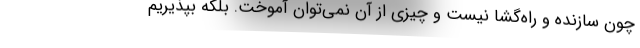
چون سازنده و راه‌گشا نیست و چیزی از آن نمی‌توان آموخت. بلکه بپذیریم